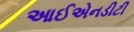
આઈએનડીટી